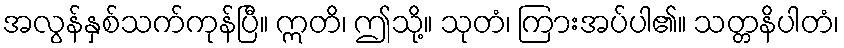
အလွန်နှစ်သက်ကုန်ပြီ။ ဣတိ၊ ဤသို့။ သုတံ၊ ကြားအပ်ပါ၏။ သတ္တနိပါတံ၊